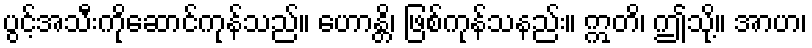
ပွင့်အသီးကိုဆောင်ကုန်သည်။ ဟောန္တိ၊ ဖြစ်ကုန်သနည်း။ ဣတိ၊ ဤသို့။ အာဟ၊